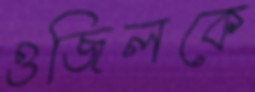
ওজিলকে